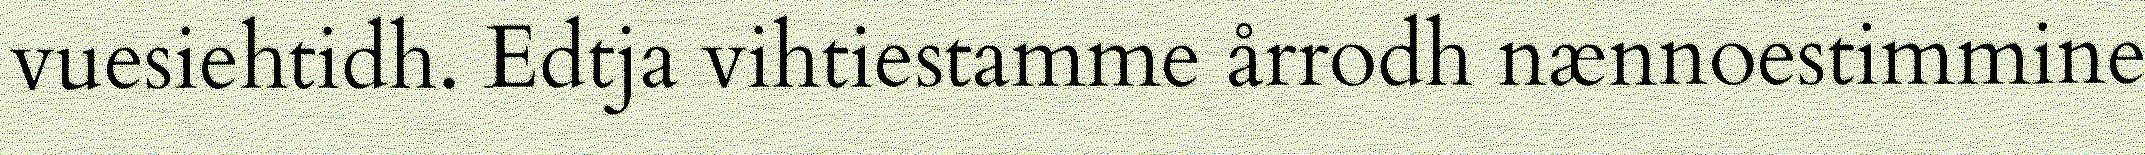
vuesiehtidh. Edtja vihtiestamme årrodh nænnoestimmine